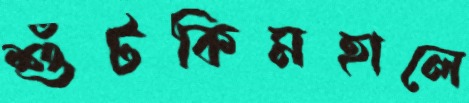
শুঁটকিমহালে